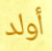
أولد